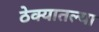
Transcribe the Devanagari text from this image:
ठेक्यातल्या